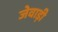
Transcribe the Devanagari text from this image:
जेवाड़ी